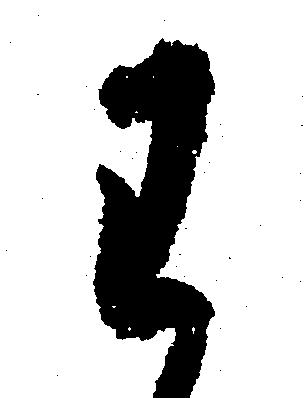
わ